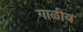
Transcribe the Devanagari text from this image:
गाळीय